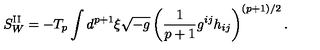
S _ { W } ^ { \mathrm { I I } } = - T _ { p } \int d ^ { p + 1 } { \xi } \sqrt { - g } \left( \frac { 1 } { p + 1 } g ^ { i j } h _ { i j } \right) ^ { ( p + 1 ) / 2 } .